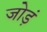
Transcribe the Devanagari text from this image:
जोड़ं